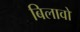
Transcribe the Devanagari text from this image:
बिलावों